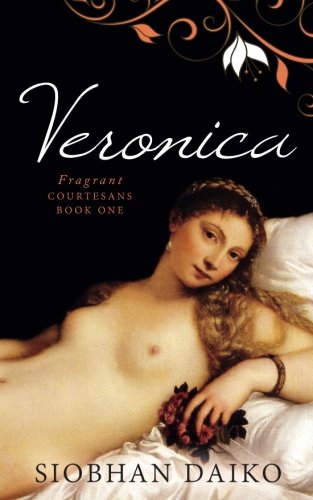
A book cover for Veronica: Fragrant Courtesans Book One: Fragrant Courtesans Book One (Volume 1); Siobhan Daiko; Romance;